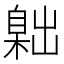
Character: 𦤙